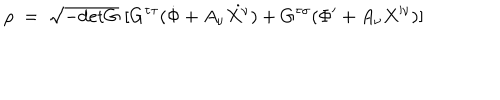
\rho \; = \; \sqrt { - \mathrm { d e t } G } \; [ G ^ { \tau \tau } ( \dot { \Phi } + A _ { \nu } \dot { X ^ { \nu } } ) + G ^ { \tau \sigma } ( \Phi ^ { \prime } + A _ { \nu } X ^ { \prime \nu } ) ]